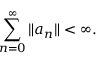
\sum _ { n = 0 } ^ { \infty } \| a _ { n } \| < \infty .